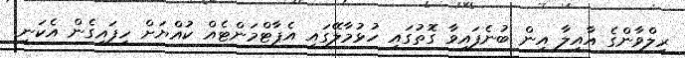
ރިލްވާންގެ އާއިލާ އިން ބުނެފައިވާ ގޮތުގައި ހުޅުމާލޭގައި އެޕާޓްމަންޓެއް ކުއްޔަށް ހިފައިގެން އެކަނި